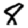
Digit: 8